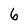
Character: 6